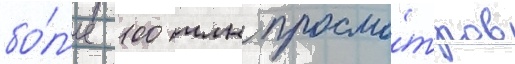
бо́л'ее 100 млн просмо́тров